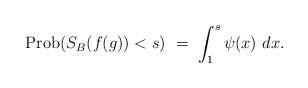
LaTeX: \begin{align*}{\rm Prob}(S_B(f(g)) < s)\ =\ \int_{1}^s\psi(x)\ dx.\end{align*}